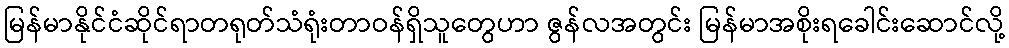
မြန်မာနိုင်ငံဆိုင်ရာတရုတ်သံရုံးတာဝန်ရှိသူတွေဟာ ဇွန်လအတွင်း မြန်မာအစိုးရခေါင်းဆောင်လို့